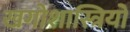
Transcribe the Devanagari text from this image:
खगोशास्त्रियों